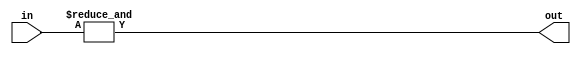
module AND4_1 #(parameter SIZE = 4) (input [SIZE-1:0] in, output out);
assign out = &in;
endmodule